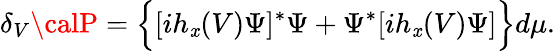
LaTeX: \delta_{V}{\calP}=\Big\{ [ih_{\mathit{x}}(V)\Psi]^{*}\Psi+\Psi^{*}[ih_{\mathit{x}}(V)\Psi]\Big\} d\mu.